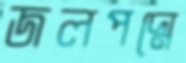
জলপদ্মে